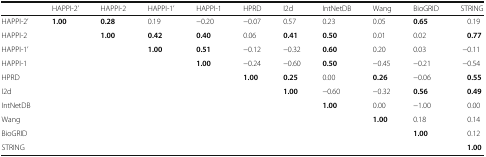
<table><thead><tr><td>[EMPTY_CELL]</td><td><b>HAPPI-2’</b></td><td><b>HAPPI-2</b></td><td><b>HAPPI-1’</b></td><td><b>HAPPI-1</b></td><td><b>HPRD</b></td><td><b>I2d</b></td><td><b>IntNetDB</b></td><td><b>Wang</b></td><td><b>BioGRID</b></td><td><b>STRING</b></td></tr></thead><tbody><tr><td>HAPPI-2’</td><td><b>1.00</b></td><td><b>0.28</b></td><td>0.19</td><td>−0.20</td><td>−0.07</td><td>0.57</td><td>0.23</td><td>0.05</td><td><b>0.65</b></td><td>0.19</td></tr><tr><td>HAPPI-2</td><td>[EMPTY_CELL]</td><td><b>1.00</b></td><td><b>0.42</b></td><td><b>0.40</b></td><td>0.06</td><td><b>0.41</b></td><td><b>0.50</b></td><td>0.01</td><td>0.02</td><td><b>0.77</b></td></tr><tr><td>HAPPI-1’</td><td>[EMPTY_CELL]</td><td>[EMPTY_CELL]</td><td><b>1.00</b></td><td><b>0.51</b></td><td>−0.12</td><td>−0.32</td><td><b>0.60</b></td><td>0.20</td><td>0.03</td><td>−0.11</td></tr><tr><td>HAPPI-1</td><td>[EMPTY_CELL]</td><td>[EMPTY_CELL]</td><td>[EMPTY_CELL]</td><td><b>1.00</b></td><td>−0.24</td><td>−0.60</td><td><b>0.50</b></td><td>−0.45</td><td>−0.21</td><td>−0.54</td></tr><tr><td>HPRD</td><td>[EMPTY_CELL]</td><td>[EMPTY_CELL]</td><td>[EMPTY_CELL]</td><td>[EMPTY_CELL]</td><td><b>1.00</b></td><td><b>0.25</b></td><td>0.00</td><td><b>0.26</b></td><td>−0.06</td><td><b>0.55</b></td></tr><tr><td>I2d</td><td>[EMPTY_CELL]</td><td>[EMPTY_CELL]</td><td>[EMPTY_CELL]</td><td>[EMPTY_CELL]</td><td>[EMPTY_CELL]</td><td><b>1.00</b></td><td>−0.60</td><td>−0.32</td><td><b>0.56</b></td><td><b>0.49</b></td></tr><tr><td>IntNetDB</td><td>[EMPTY_CELL]</td><td>[EMPTY_CELL]</td><td>[EMPTY_CELL]</td><td>[EMPTY_CELL]</td><td>[EMPTY_CELL]</td><td>[EMPTY_CELL]</td><td><b>1.00</b></td><td>0.00</td><td>−1.00</td><td>0.00</td></tr><tr><td>Wang</td><td>[EMPTY_CELL]</td><td>[EMPTY_CELL]</td><td>[EMPTY_CELL]</td><td>[EMPTY_CELL]</td><td>[EMPTY_CELL]</td><td>[EMPTY_CELL]</td><td>[EMPTY_CELL]</td><td><b>1.00</b></td><td>0.18</td><td>0.14</td></tr><tr><td>BioGRID</td><td>[EMPTY_CELL]</td><td>[EMPTY_CELL]</td><td>[EMPTY_CELL]</td><td>[EMPTY_CELL]</td><td>[EMPTY_CELL]</td><td>[EMPTY_CELL]</td><td>[EMPTY_CELL]</td><td>[EMPTY_CELL]</td><td><b>1.00</b></td><td>0.12</td></tr><tr><td>STRING</td><td>[EMPTY_CELL]</td><td>[EMPTY_CELL]</td><td>[EMPTY_CELL]</td><td>[EMPTY_CELL]</td><td>[EMPTY_CELL]</td><td>[EMPTY_CELL]</td><td>[EMPTY_CELL]</td><td>[EMPTY_CELL]</td><td>[EMPTY_CELL]</td><td><b>1.00</b></td></tr></tbody></table>